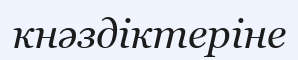
кнәздіктеріне